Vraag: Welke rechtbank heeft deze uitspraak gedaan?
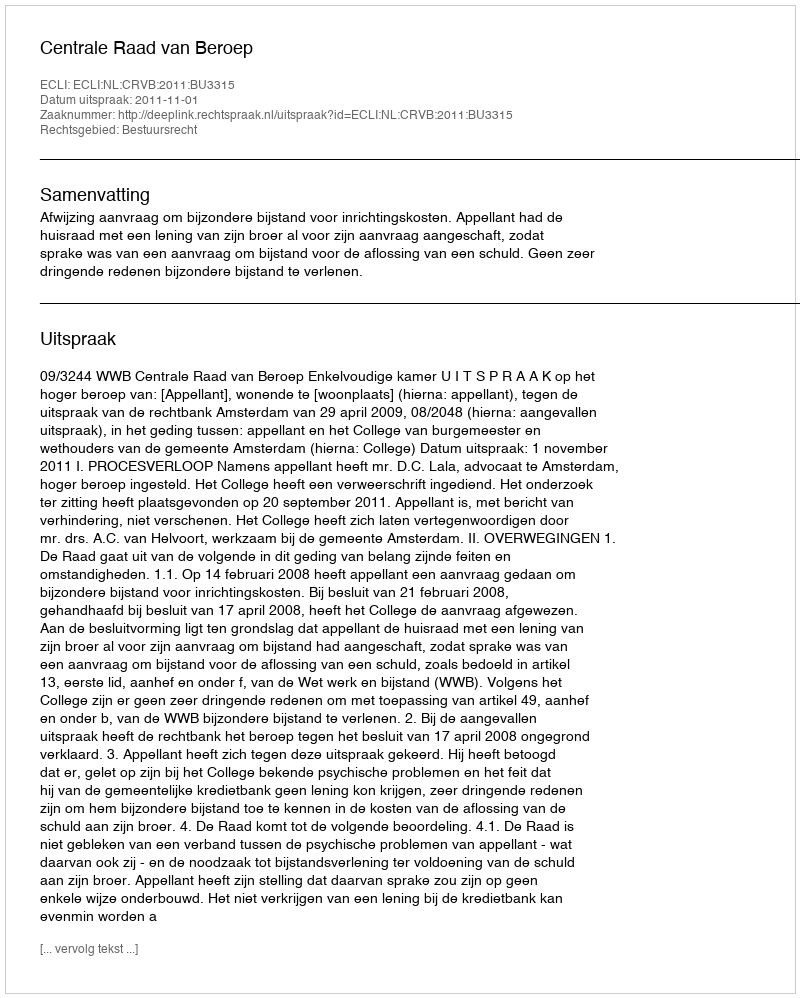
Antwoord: Centrale Raad van Beroep